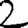
Digit: 2